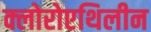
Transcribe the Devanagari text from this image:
क्लोरोएथिलीन